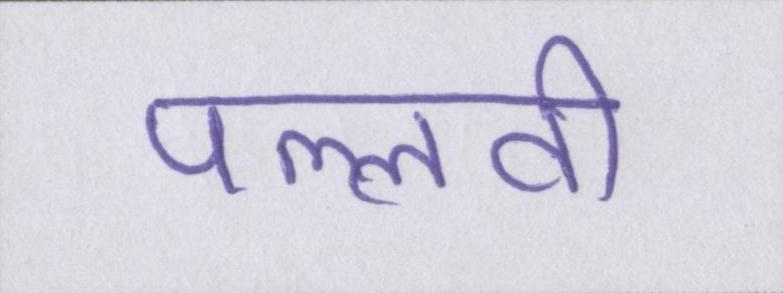
पल्लवी